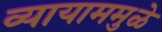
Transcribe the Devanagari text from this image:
व्यायाममुळे